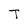
Character: T